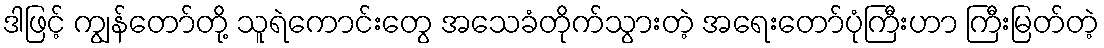
ဒါဖြင့် ကျွန်တော်တို့ သူရဲကောင်းတွေ အသေခံတိုက်သွားတဲ့ အရေးတော်ပုံကြီးဟာ ကြီးမြတ်တဲ့